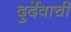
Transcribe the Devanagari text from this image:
दुर्देवाची